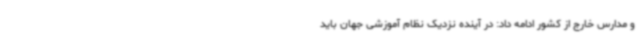
و مدارس خارج از کشور ادامه داد: در آینده نزدیک نظام آموزشی جهان باید